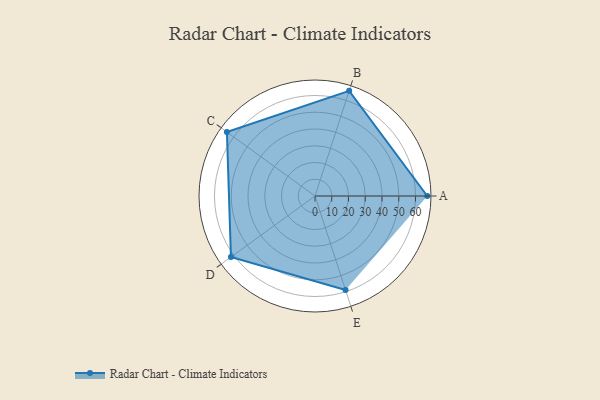
{"axis": {"x": "Skill", "y": "Score"}, "legend": ["Profile"], "data": [{"x": "A", "y": 67.0, "type": "Profile"}, {"x": "B", "y": 66.0, "type": "Profile"}, {"x": "C", "y": 65.0, "type": "Profile"}, {"x": "D", "y": 62.0, "type": "Profile"}, {"x": "E", "y": 59.0, "type": "Profile"}]}